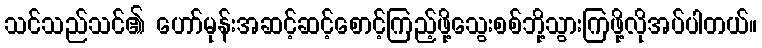
သင်သည်သင်၏ ဟော်မုန်းအဆင့်ဆင့်စောင့်ကြည့်ဖို့သွေးစစ်ဘို့သွားကြဖို့လိုအပ်ပါတယ်။